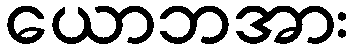
ယောဘအား